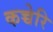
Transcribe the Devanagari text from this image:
कच्चेरि